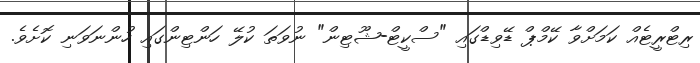
ރިޓްރީޓެއް ކަމަށްވާ ކޭމްޕް ޑޭވިޑްގައި "ސްކީޓް-ޝޫޓިން" ނުވަތަ ކުލޭ ހަންޓިންގައި ހުންނަވަނި ކޮށެވެ.